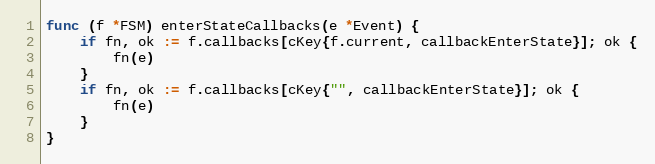
Language: Go
func (f *FSM) enterStateCallbacks(e *Event) {
	if fn, ok := f.callbacks[cKey{f.current, callbackEnterState}]; ok {
		fn(e)
	}
	if fn, ok := f.callbacks[cKey{"", callbackEnterState}]; ok {
		fn(e)
	}
}